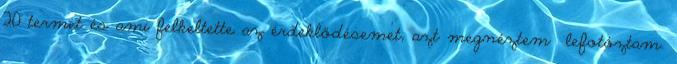
20 termet és ami felkeltette az érdeklődésemet, azt megnéztem lefotóztam.